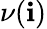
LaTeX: \nu(\mathbf{i})